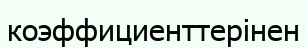
коэффициенттерінен